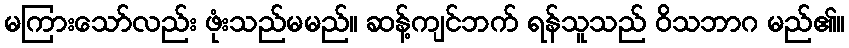
မကြားသော်လည်း ဖုံးသည်မမည်။ ဆန့်ကျင်ဘက် ရန်သူသည် ဝိသဘာဂ မည်၏။